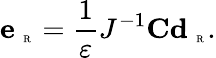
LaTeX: \textbf{e}_{\mathrm{~\tiny~R~}}=\frac{1}{\varepsilon}J^{-1}\textbf{C}\textbf{d}_{\mathrm{~\tiny~R~}}.